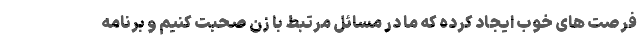
فرصت های خوب ایجاد کرده که ما در مسائل مرتبط با زن صحبت کنیم و برنامه